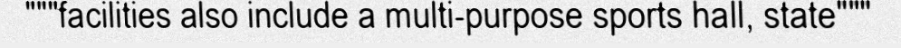
"""facilities also include a multi-purpose sports hall, state"""